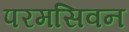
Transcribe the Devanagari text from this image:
परमसिवन